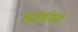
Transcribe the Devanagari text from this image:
ऊदमांजरे